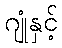
ဂျုံနှင့်